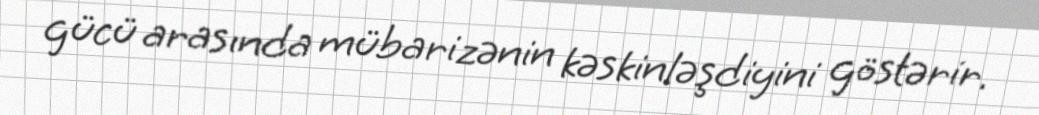
gücü arasında mübarizənin kəskinləşdiyini göstərir.